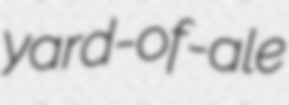
yard-of-ale